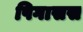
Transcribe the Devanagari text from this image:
पिगासस